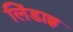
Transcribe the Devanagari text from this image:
लिंडाह्ल